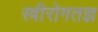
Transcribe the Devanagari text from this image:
स्त्रीरोगतज्ञ